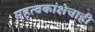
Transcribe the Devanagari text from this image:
महत्वकांक्षेचाही